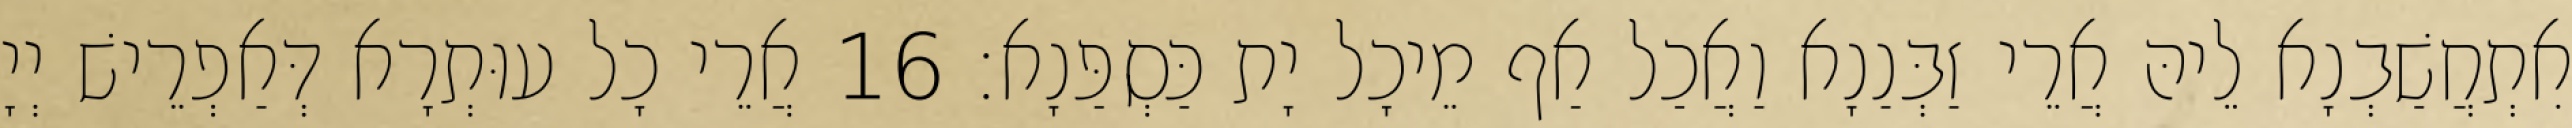
אִתְחֲשַׁבְנָא לֵיהּ אֲרֵי זַבְּנַנָא וַאֲכַל אַף מֵיכָל יָת כַּסְפַּנָא׃ 16 אֲרֵי כָל עוּתְרָא דְּאַפְרֵישׁ יְיָ